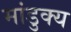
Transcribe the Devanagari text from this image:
मांडुक्य